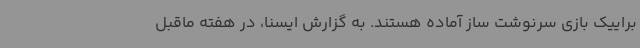
براییک بازی سرنوشت ساز آماده هستند. به گزارش ایسنا، در هفته ماقبل